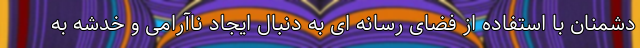
دشمنان با استفاده از فضای رسانه ای به دنبال ایجاد ناآرامی و خدشه به